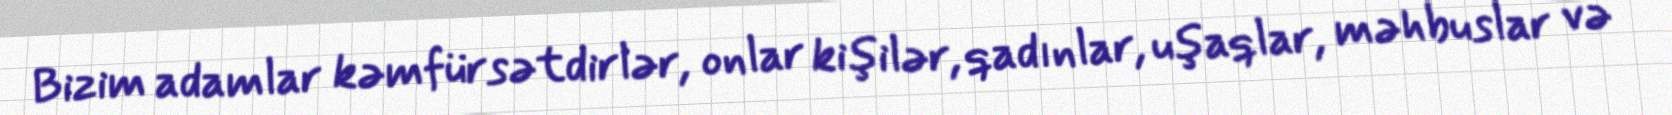
Bizim adamlar kəmfürsətdirlər, onlar kişilər, qadınlar, uşaqlar, məhbuslar və